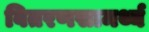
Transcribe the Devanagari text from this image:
वितरणसामर्थ्य